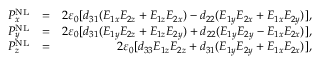
\begin{array} { r l r } { P _ { x } ^ { \mathrm { N L } } } & { = } & { 2 \varepsilon _ { 0 } [ d _ { 3 1 } ( E _ { 1 x } E _ { 2 z } + E _ { 1 z } E _ { 2 x } ) - d _ { 2 2 } ( E _ { 1 y } E _ { 2 x } + E _ { 1 x } E _ { 2 y } ) ] , } \\ { P _ { y } ^ { \mathrm { N L } } } & { = } & { 2 \varepsilon _ { 0 } [ d _ { 3 1 } ( E _ { 1 y } E _ { 2 z } + E _ { 1 z } E _ { 2 y } ) + d _ { 2 2 } ( E _ { 1 y } E _ { 2 y } - E _ { 1 x } E _ { 2 x } ) ] , } \\ { P _ { z } ^ { \mathrm { N L } } } & { = } & { 2 \varepsilon _ { 0 } [ d _ { 3 3 } E _ { 1 z } E _ { 2 z } + d _ { 3 1 } ( E _ { 1 y } E _ { 2 y } + E _ { 1 x } E _ { 2 x } ) ] , } \end{array}